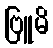
ဗြူမိ